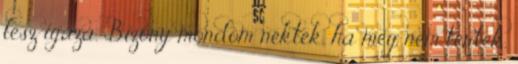
lesz igaza. Bizony mondom néktek, ha meg nem tértek,